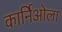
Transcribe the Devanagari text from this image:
कार्निओला